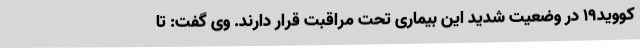
کووید19 در وضعیت شدید این بیماری تحت مراقبت قرار دارند. وی گفت: تا